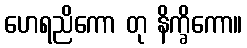
ဟေရညိကော တု နိက္ခိကော။